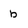
Character: b